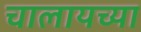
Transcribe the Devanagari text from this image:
चालायच्या